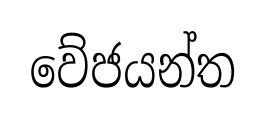
වේජයන්ත